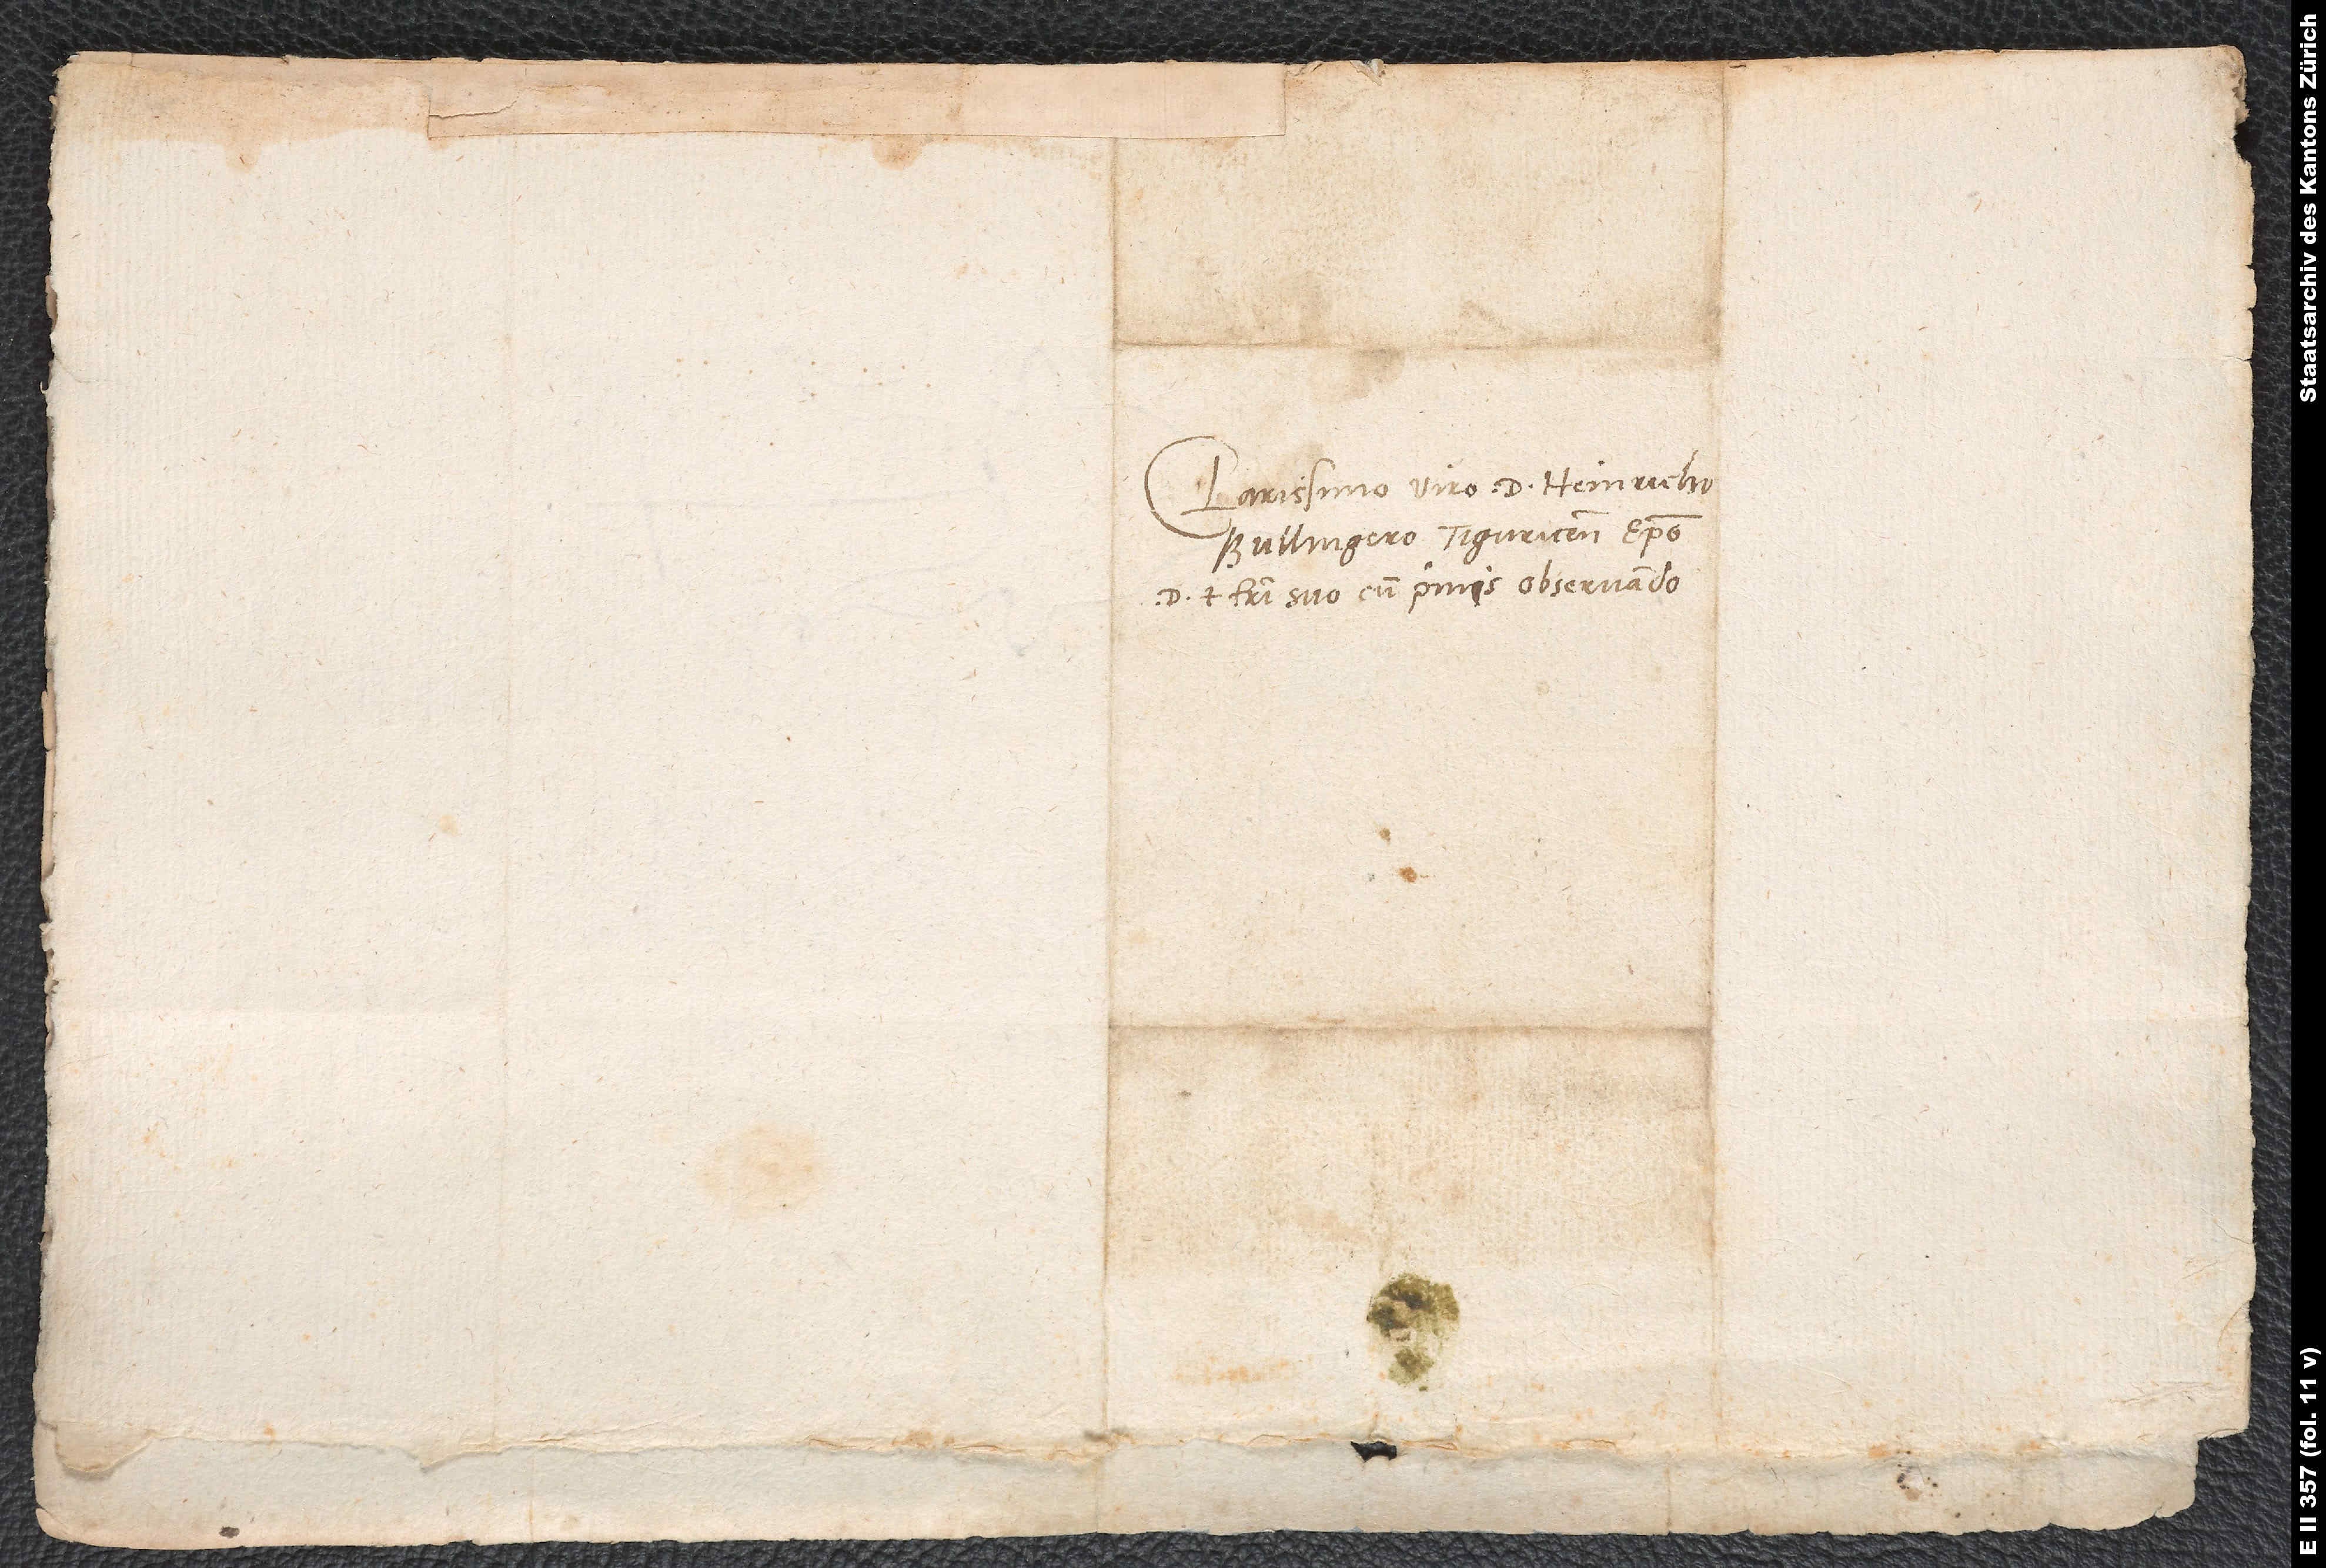
Clarissimo viro d. Heinricho
Bullingero, Tiguricensi episcopo,
domino et fratri suo cum primis observando.